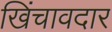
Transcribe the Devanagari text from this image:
खिंचावदार